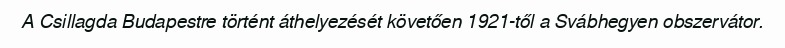
A Csillagda Budapestre történt áthelyezését követően 1921-től a Svábhegyen obszervátor.